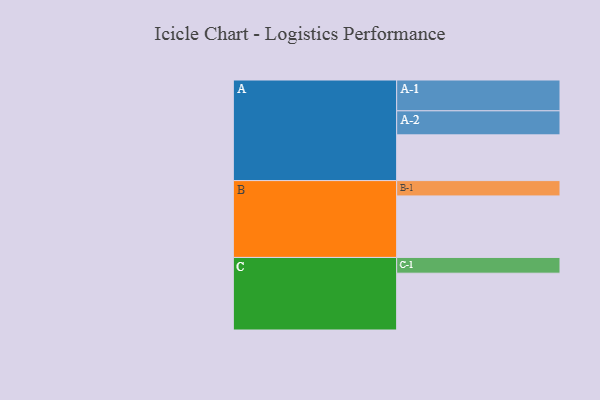
{"axis": {"x": "Segment", "y": "Value"}, "legend": ["", "A", "B", "C"], "data": [{"x": "A", "y": 331, "type": ""}, {"x": "B", "y": 445, "type": ""}, {"x": "C", "y": 411, "type": ""}, {"x": "A-1", "y": 223, "type": "A"}, {"x": "A-2", "y": 174, "type": "A"}, {"x": "B-1", "y": 111, "type": "B"}, {"x": "C-1", "y": 114, "type": "C"}]}